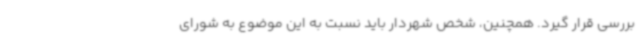
بررسی قرار گیرد. همچنین، شخص شهردار باید نسبت به این موضوع به شورای